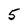
Character: 5